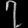
Digit: ၇